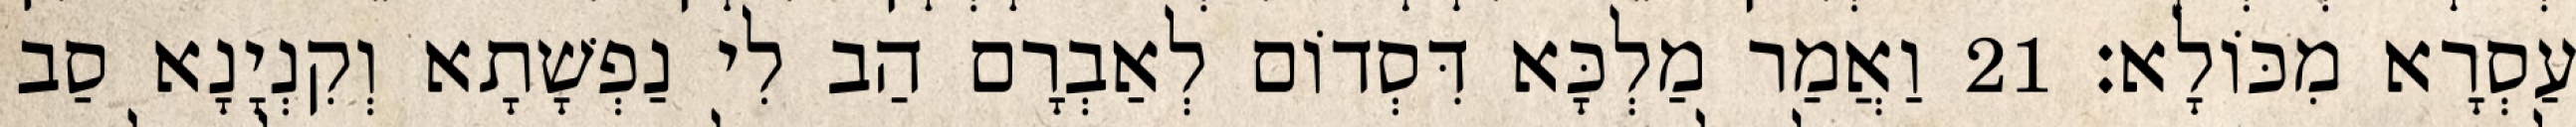
עַסְרָא מִכּוֹלָא׃ 21 וַאֲמַר מַלְכָּא דִּסְדוֹם לְאַבְרָם הַב לִי נַפְשָׁתָא וְקִנְיָנָא סַב